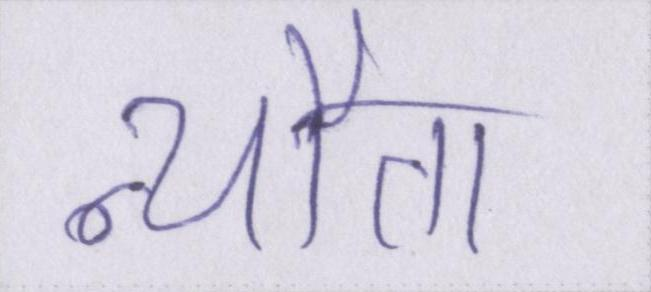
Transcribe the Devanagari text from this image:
न्यौता